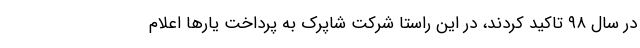
در سال ۹۸ تاکید کردند، در این راستا شرکت شاپرک به پرداخت یارها اعلام